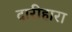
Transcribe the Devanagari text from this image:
दारीहारा